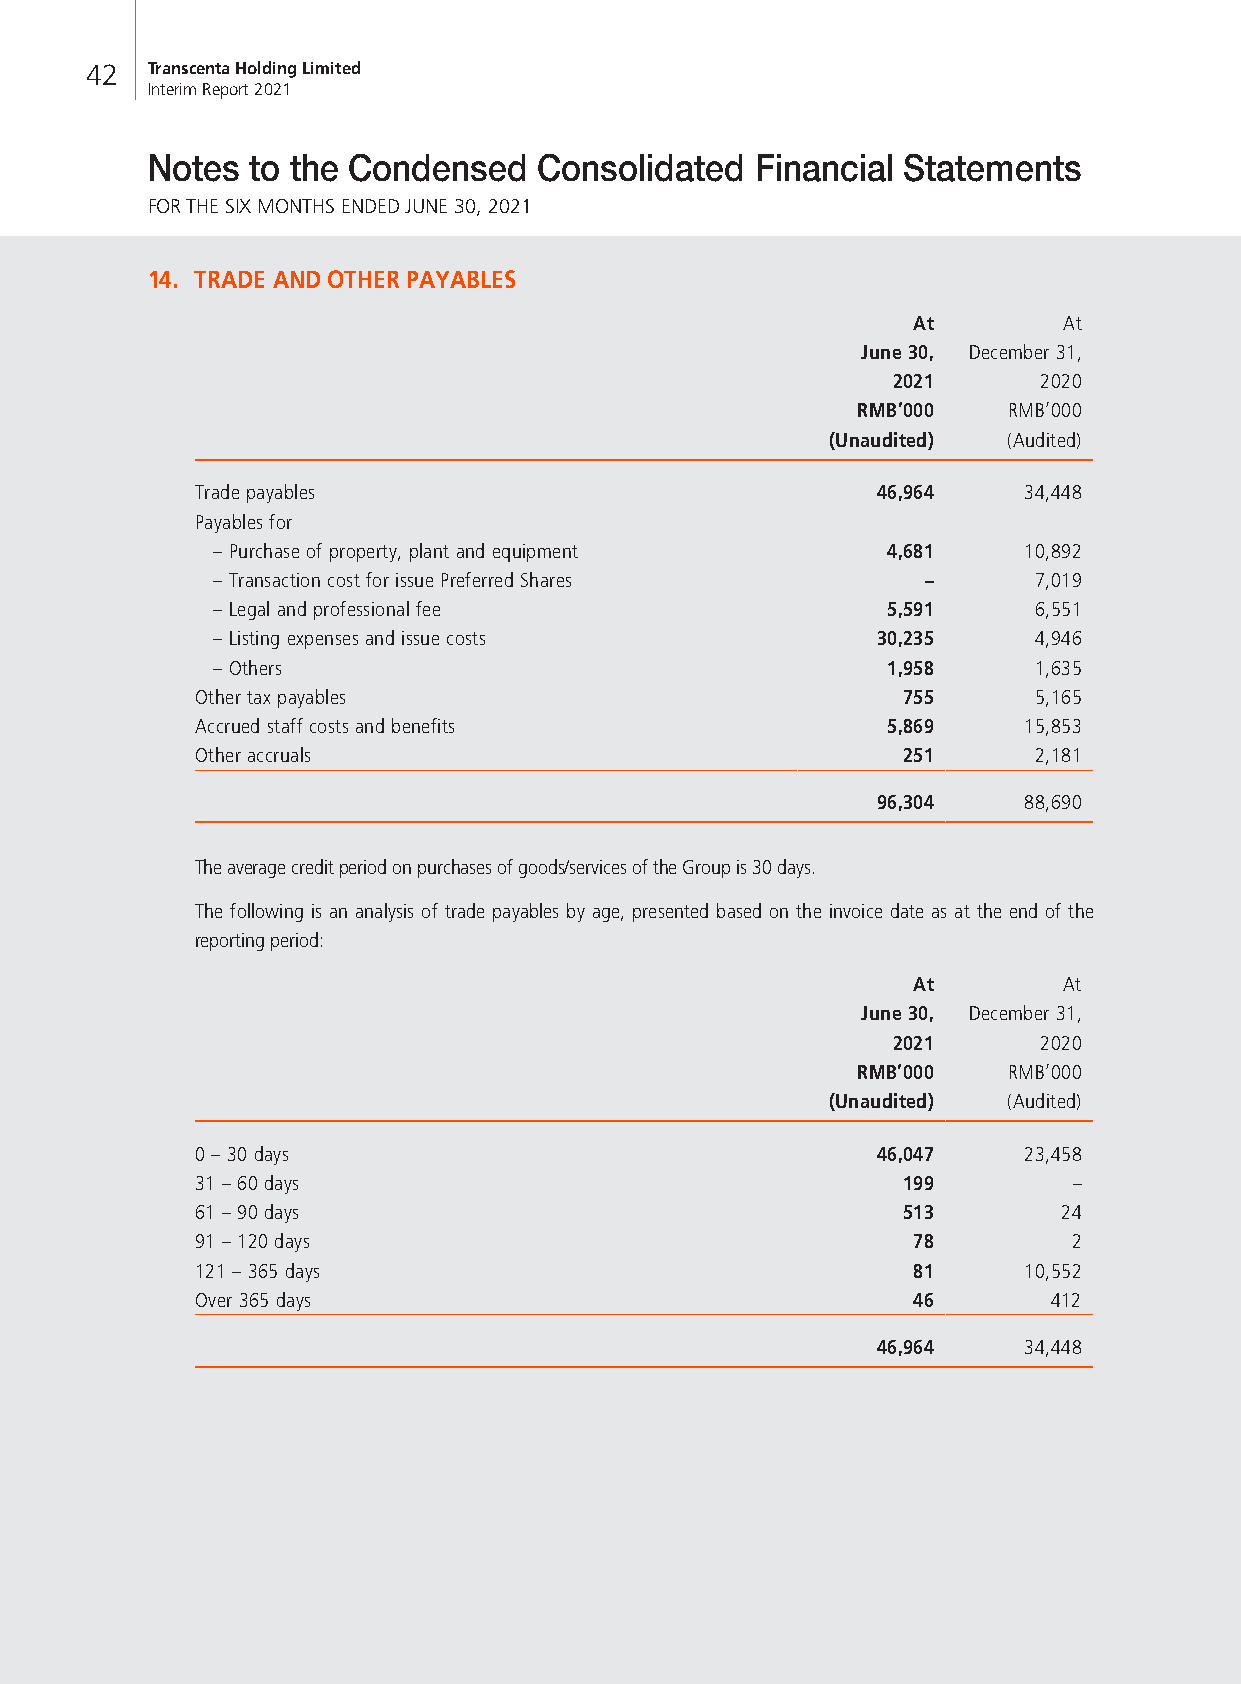
42  Transcenta Holding Limited
 Interim Report 2021
 Notes to the Condensed    Consolidated  Financial Statements
 FOR THE SIX MONTHS ENDED JUNE 30, 2021
 14. TRADE AND OTHER PAYABLES
 At        At
 June 30, December 31,
 2021      2020
 RMB’000   RMB’000
 (Unaudited) (Audited)
 Trade payables                               46,964    34,448
 Payables for
 – Purchase of property, plant and equipment  4,681    10,892
 – Transaction cost for issue Preferred Shares  –      7,019
 – Legal and professional fee                 5,591    6,551
 – Listing expenses and issue costs          30,235    4,946
 – Others                                     1,958    1,635
 Other tax payables                             755     5,165
 Accrued staff costs and benefits              5,869    15,853
 Other accruals                                 251     2,181
 96,304    88,690
 The average credit period on purchases of goods/services of the Group is 30 days.
 The following is an analysis of trade payables by age, presented based on the invoice date as at the end of the
 reporting period:
 At        At
 June 30, December 31,
 2021      2020
 RMB’000   RMB’000
 (Unaudited) (Audited)
 0 – 30 days                                  46,047    23,458
 31 – 60 days                                   199        –
 61 – 90 days                                   513       24
 91 – 120 days                                  78         2
 121 – 365 days                                 81      10,552
 Over 365 days                                  46        412
 46,964    34,448